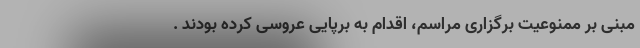
مبنی بر ممنوعیت برگزاری مراسم، اقدام به برپایی عروسی کرده بودند .